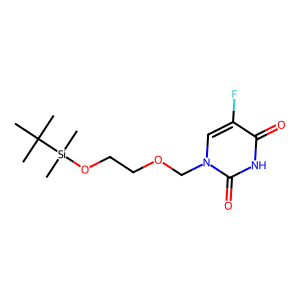
SMILES: CC(C)(C)[Si](C)(C)OCCOCn1cc(F)c(=O)[nH]c1=O
Inhibits HIV replication: No